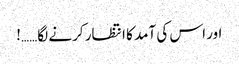
اور اس کی آمد کا انتظار کرنے لگا……!